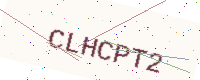
Text: CLHCPT2